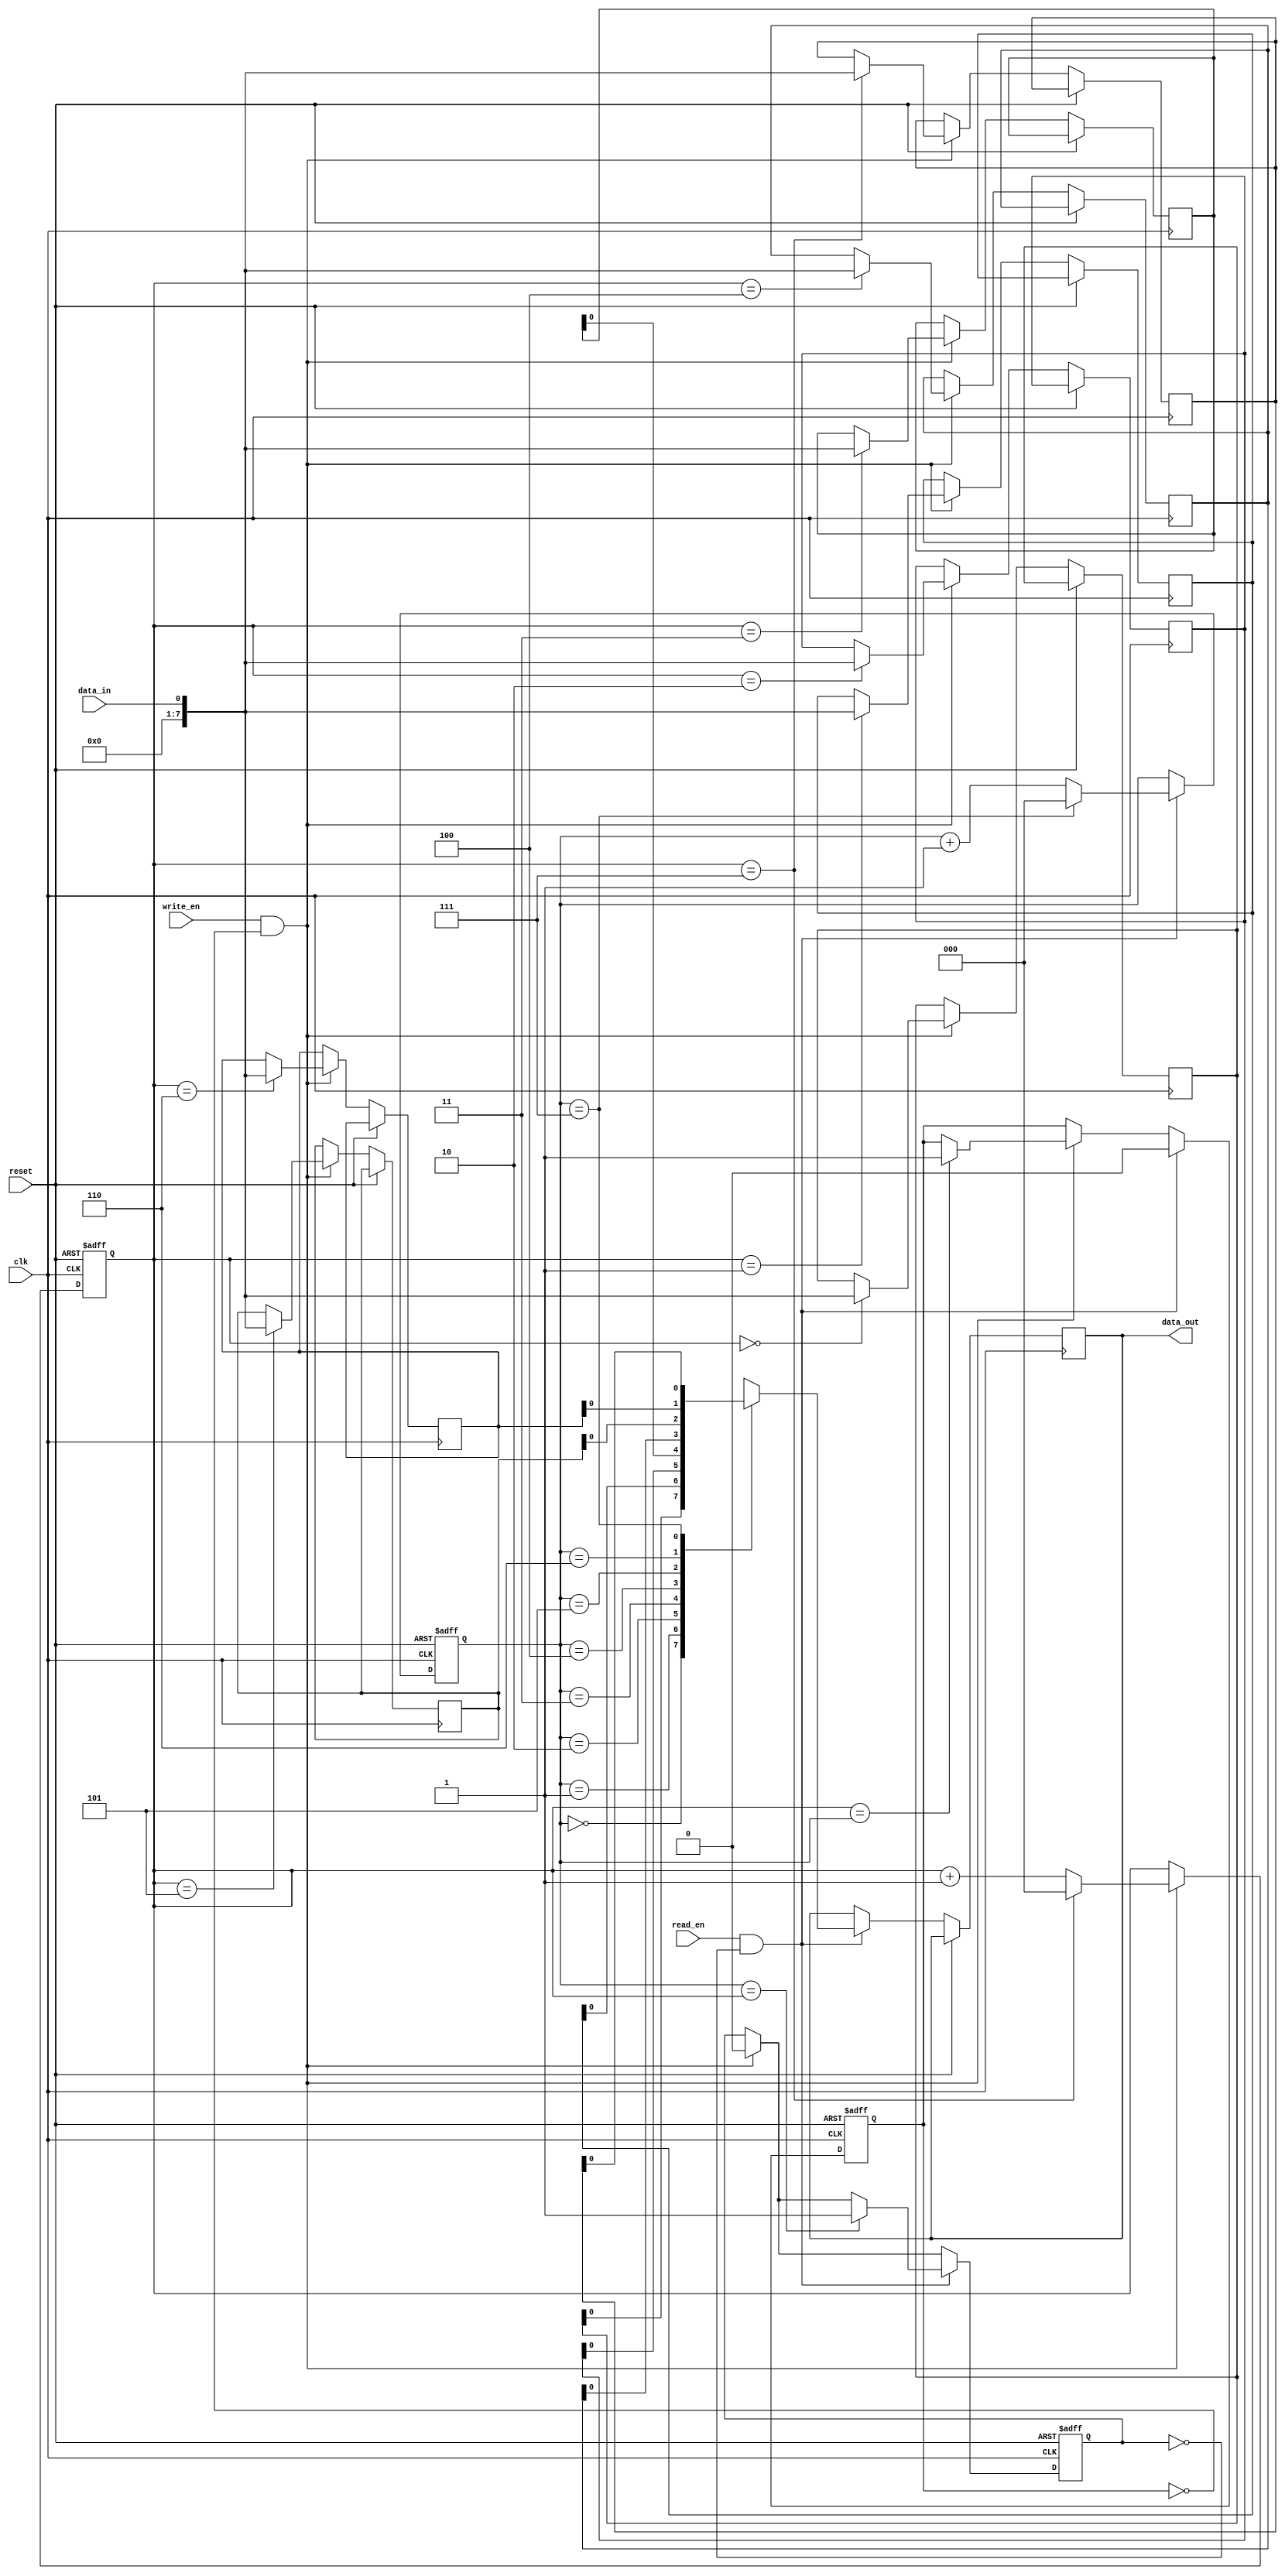
module fifo_buffer (
    input wire clk,
    input wire reset,
    input wire write_en,
    input wire read_en,
    input wire data_in,
    output reg data_out
);

parameter BUFFER_DEPTH = 8;
reg [7:0] buffer [0:BUFFER_DEPTH-1];
reg [2:0] write_ptr;
reg [2:0] read_ptr;
reg full;
reg empty;

always @ (posedge clk or posedge reset) begin
    if (reset) begin
        write_ptr <= 3'b000;
        read_ptr <= 3'b000;
        full <= 1'b0;
        empty <= 1'b1;
    end else begin
        if (write_en && !full) begin
            buffer[write_ptr] <= data_in;
            write_ptr <= write_ptr + 1;
            if (write_ptr == BUFFER_DEPTH-1)
                write_ptr <= 3'b000;
            if (write_ptr == read_ptr)
                full <= 1'b1;
            empty <= 1'b0;
        end
        if (read_en && !empty) begin
            data_out <= buffer[read_ptr];
            read_ptr <= read_ptr + 1;
            if (read_ptr == BUFFER_DEPTH-1)
                read_ptr <= 3'b000;
            if (read_ptr == write_ptr)
                empty <= 1'b1;
            full <= 0;
        end
    end
end

endmodule